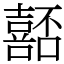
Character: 嚭